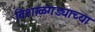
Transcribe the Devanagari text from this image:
विशाळगड्याच्या